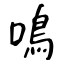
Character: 鳴